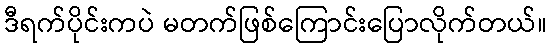
ဒီရက်ပိုင်းကပဲ မတက်ဖြစ်ကြောင်းပြောလိုက်တယ်။